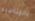
بالمناسبه